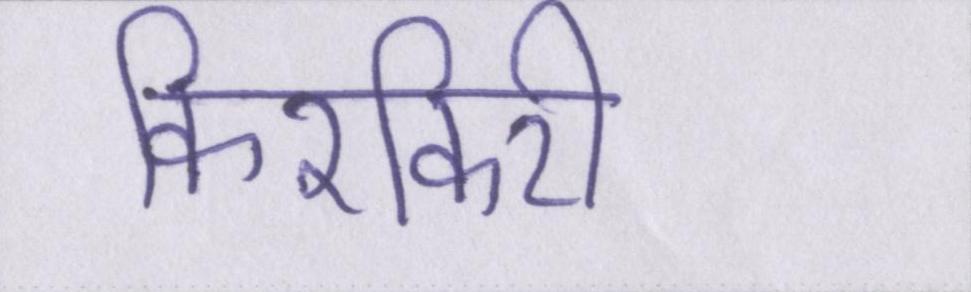
किरकिरी